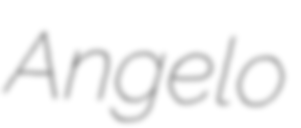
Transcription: Angelo